Kuressaare_kinnistusamet, lk 7
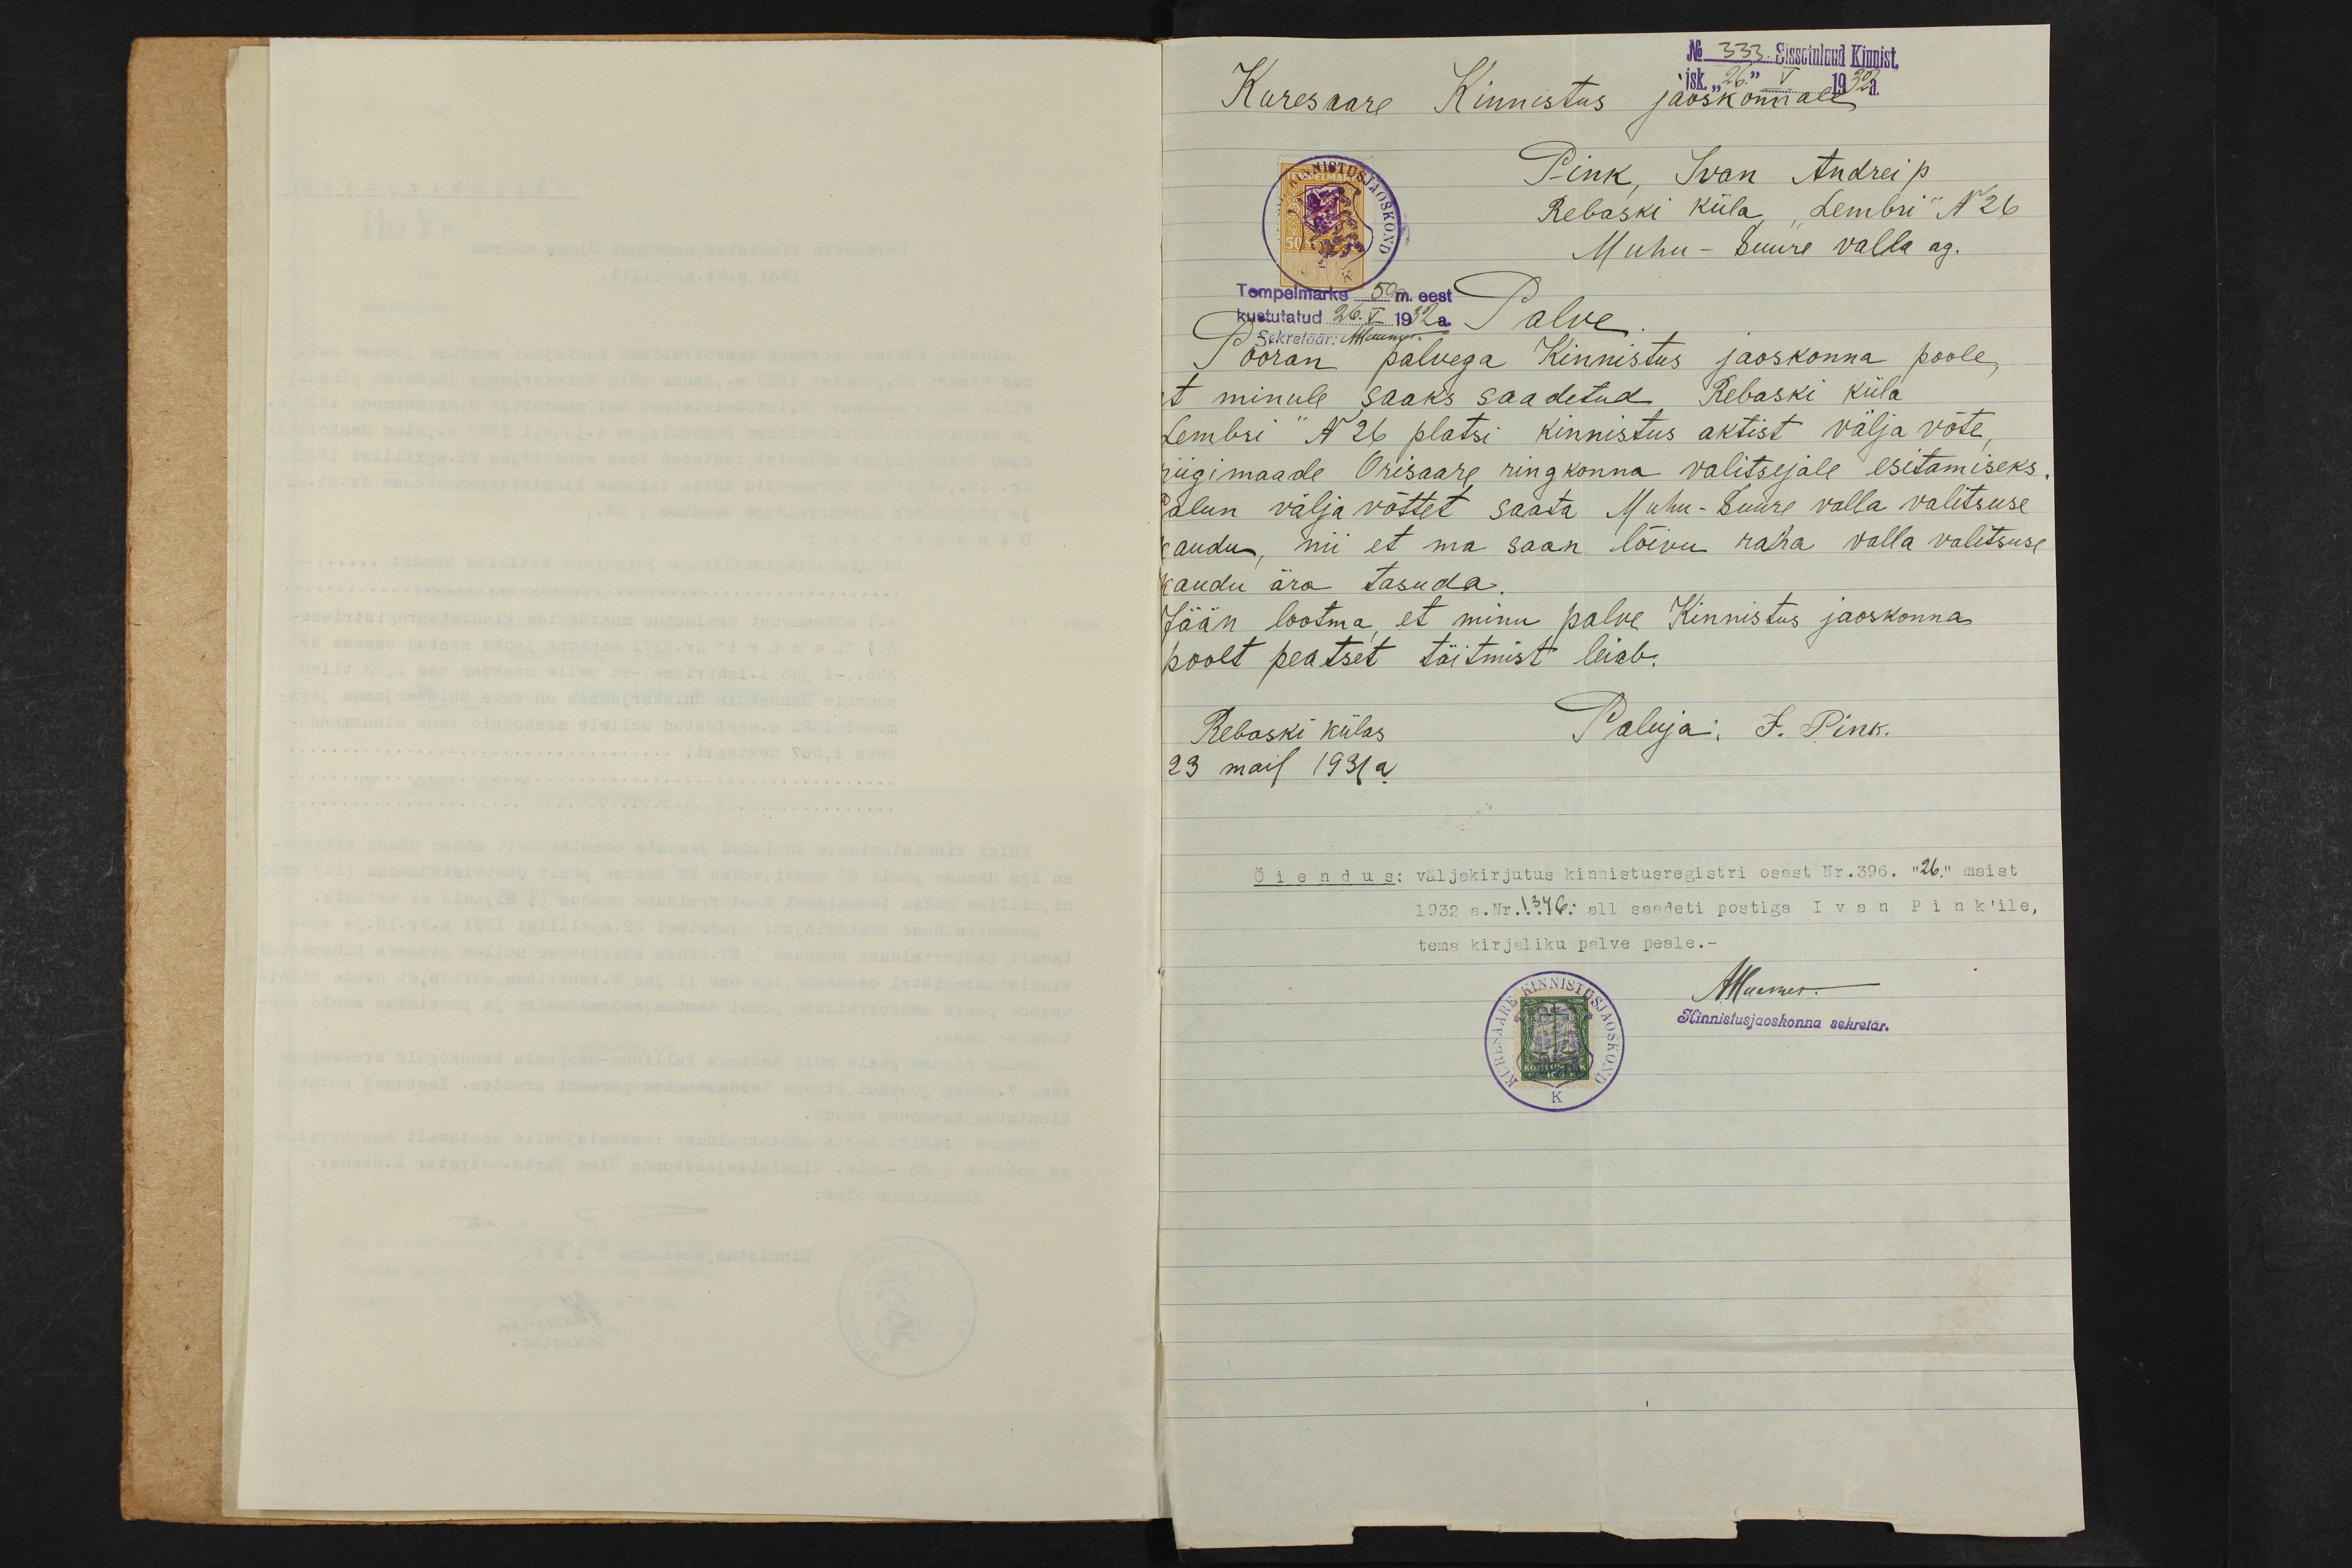
No 333. Sissetulnud Kinnist.
isk. "26" V 1932. a.
Kuresaare Kinnistus jaoskonnale
Pink, Ivan Andrei p.
Rebaski küla, "Lembri" N26
Muhu - Suure valla ag.
Tempelmarks 50 m. eest
kustutatud 26. V 1932 a
Palve.
Sekretäär: Maungi
Pööran palvega Kinnistus jaoskonna poole,
et minule saaks saadetud Rebaski küla
Lembri" N 26 platsi kinnistus aktist välja võte,
riigimaade Orisaare ringkonna valitsejale esitamiseks.
Palun välja võttet saata Muhu-Suure valla valitsuse
kaudu, nii et ma saan lõivu raha valla valitsuse
kaudu ära tasuda.
Jään lootma, et minu palve Kinnistus jaoskonna
poolt peatset täitmist leiab.
Rebaski külas
Paluja, I. Pink.
23 mail 1931 a.
õiendus: väljekirjutus kinnistusregistri osast Nr.396. "26." maist
1932 a.Nr.1346: all saadeti postiga Ivan Pink'ile,
tema kirjaliku palve peale.-
AHuemer.
Kinnistusjaoskonna sekretär.